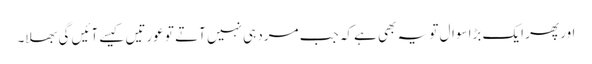
اور پھر ایک بڑا سوال تو یہ بھی ہے کہ جب مرد ہی نہیں آتے تو عورتیں کیسے آئیں گی بھلا۔